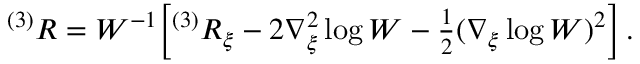
{ } ^ { ( 3 ) } R = W ^ { - 1 } \biggl [ { } ^ { ( 3 ) } R _ { \xi } - 2 \nabla _ { \xi } ^ { 2 } \log W - { \textstyle \frac { 1 } { 2 } } ( \nabla _ { \xi } \log W ) ^ { 2 } \biggr ] \, .